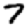
Digit: 7